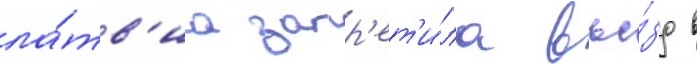
ла́тв'иа запр'ет'и́ла въе́зд в